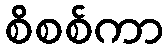
စိစစ်ကာ